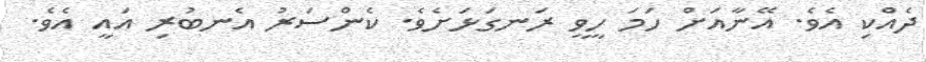
ދެއްކި އެވެ. އޭނާއަށް ހަމަ ހީވީ ރަނގަޅަށެވެ. ކެންސަރު އެނބުރި އައީ އެވެ.